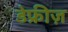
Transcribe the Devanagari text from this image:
डेफ्रीज़